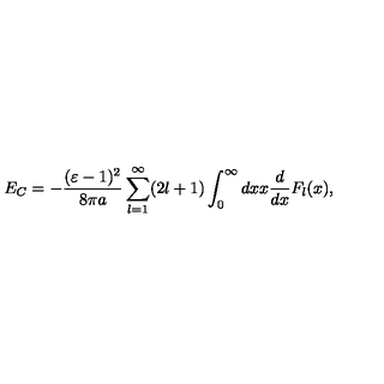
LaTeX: E _ { C } = - \frac { ( \varepsilon - 1 ) ^ { 2 } } { 8 \pi a } \sum _ { l = 1 } ^ { \infty } ( 2 l + 1 ) \int _ { 0 } ^ { \infty } d x x \frac { d } { d x } F _ { l } ( x ) ,